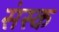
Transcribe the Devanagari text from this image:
संस्क